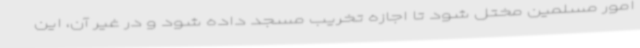
امور مسلمین مختل شود تا اجازه تخریب مسجد داده شود و در غیر آن، این